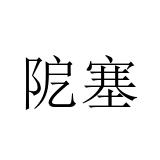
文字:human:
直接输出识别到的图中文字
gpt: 阸塞